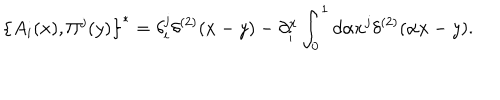
LaTeX: \left\{ { A _ { i } ( x ) , \Pi ^ { j } ( y ) } \right\} ^ { * } = \delta _ { i } ^ { j } \delta ^ { ( 2 ) } ( x - y ) - \partial _ { i } ^ { x } \int _ { 0 } ^ { 1 } { d \alpha x ^ { j } \delta ^ { ( 2 ) } } ( \alpha x - y ) .